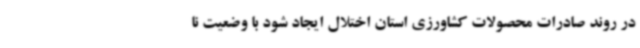
در روند صادرات محصولات کشاورزی استان اختلال ایجاد شود با وضعیت نا